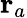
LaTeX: \textbf{r}_{a}